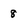
Character: 8